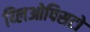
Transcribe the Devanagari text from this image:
य्लिओपिसटो